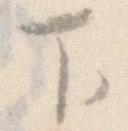
下